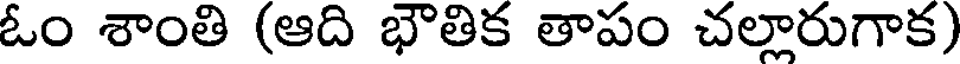
ఓం శాంతి (ఆది భౌతిక తాపం చల్లారుగాక)